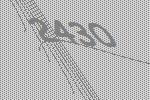
2430